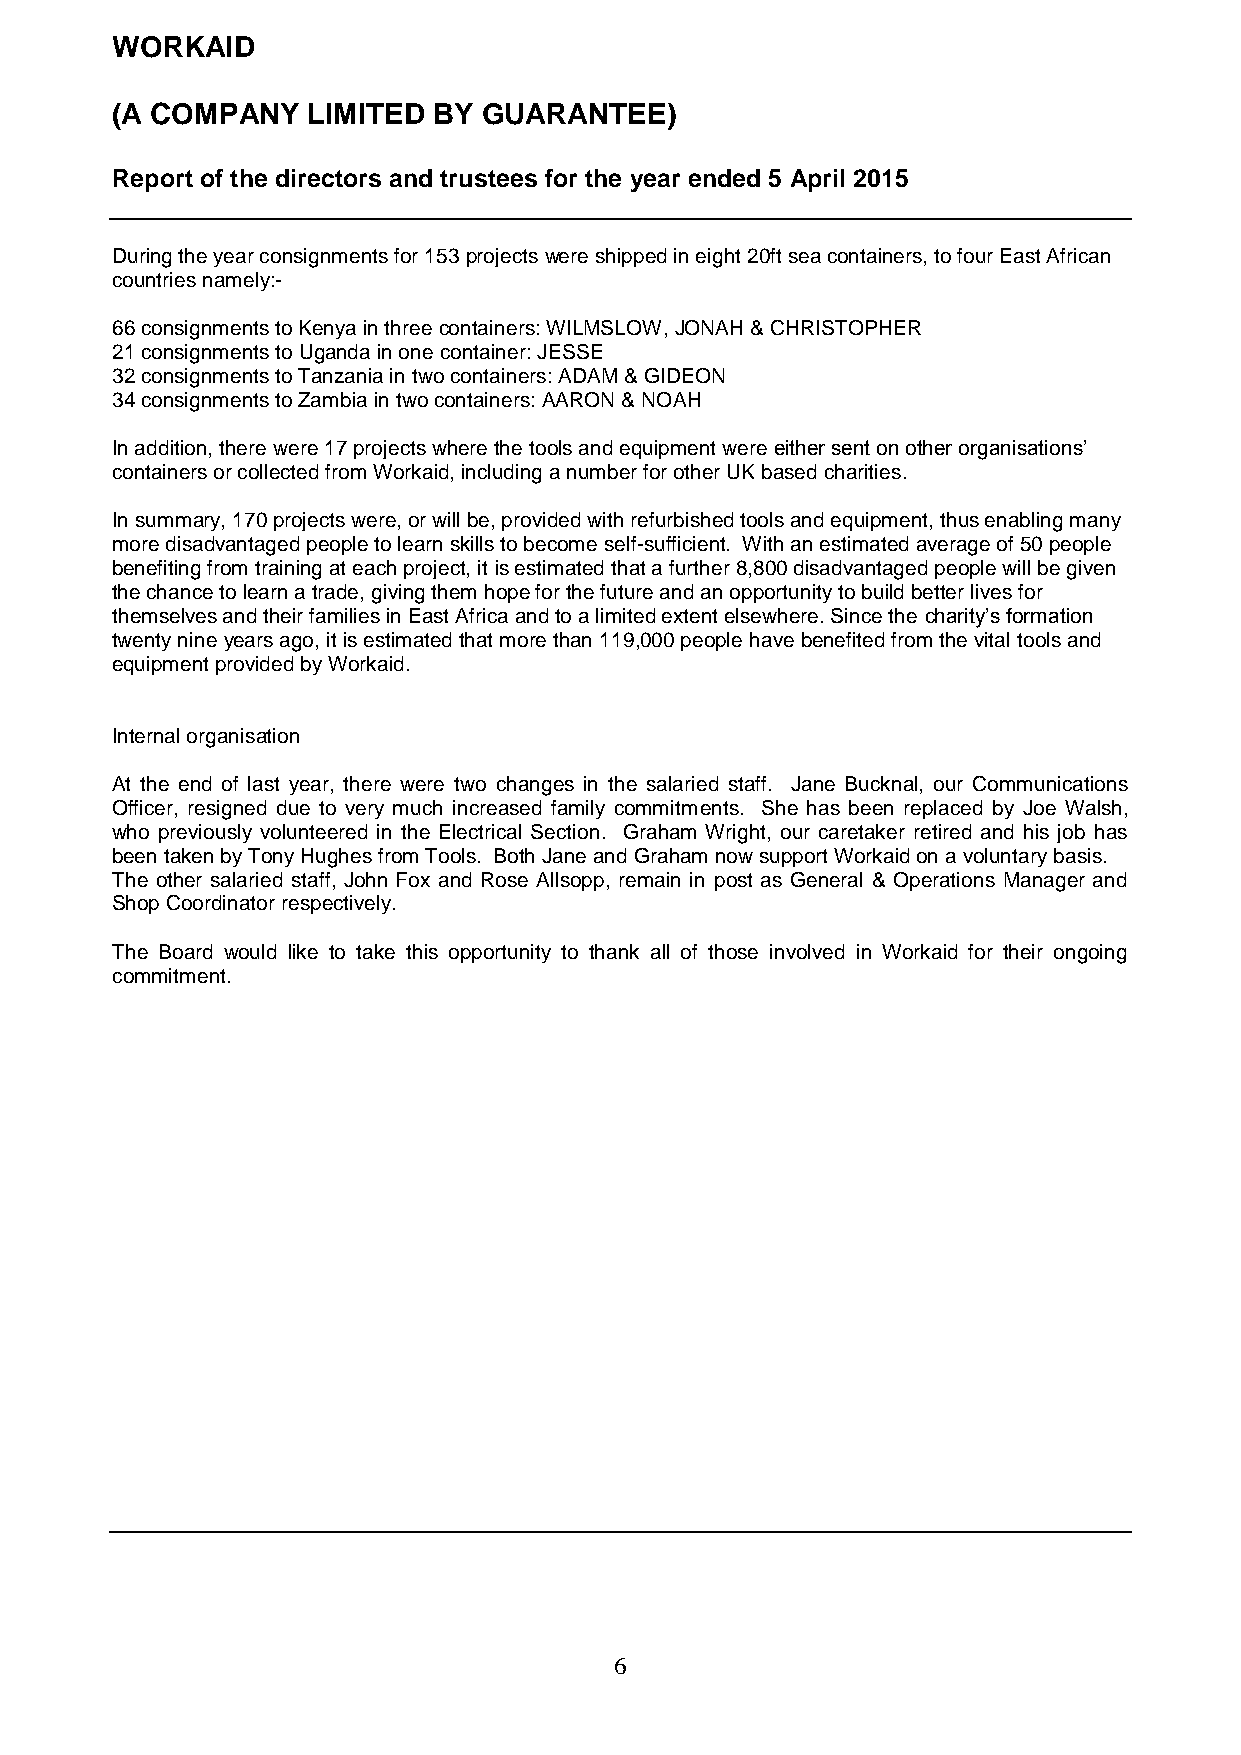
WORKAID
 (A COMPANY   LIMITED  BY GUARANTEE)
 Report of the directors and trustees for the year ended 5 April 2015
 During the year consignments for 153 projects were shipped in eight 20ft sea containers, to four East African
 countries namely:-
 66 consignments to Kenya in three containers: WILMSLOW, JONAH & CHRISTOPHER
 21 consignments to Uganda in one container: JESSE
 32 consignments to Tanzania in two containers: ADAM & GIDEON
 34 consignments to Zambia in two containers: AARON & NOAH
 In addition, there were 17 projects where the tools and equipment were either sent on other organisations’
 containers or collected from Workaid, including a number for other UK based charities.
 In summary, 170 projects were, or will be, provided with refurbished tools and equipment, thus enabling many
 more disadvantaged people to learn skills to become self-sufficient. With an estimated average of 50 people
 benefiting from training at each project, it is estimated that a further 8,800 disadvantaged people will be given
 the chance to learn a trade, giving them hope for the future and an opportunity to build better lives for
 themselves and their families in East Africa and to a limited extent elsewhere. Since the charity’s formation
 twenty nine years ago, it is estimated that more than 119,000 people have benefited from the vital tools and
 equipment provided by Workaid.
 Internal organisation
 At the end of last year, there were two changes in the salaried staff. Jane Bucknal, our Communications
 Officer, resigned due to very much increased family commitments. She has been replaced by Joe Walsh,
 who previously volunteered in the Electrical Section. Graham Wright, our caretaker retired and his job has
 been taken by Tony Hughes from Tools. Both Jane and Graham now support Workaid on a voluntary basis.
 The other salaried staff, John Fox and Rose Allsopp, remain in post as General & Operations Manager and
 Shop Coordinator respectively.
 The Board would like to take this opportunity to thank all of those involved in Workaid for their ongoing
 commitment.
 6